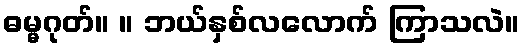
ဓမ္မဂုတ်။ ။ ဘယ်နှစ်လလောက် ကြာသလဲ။